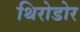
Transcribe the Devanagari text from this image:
थिरोडोर